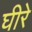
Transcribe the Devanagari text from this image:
घीरे